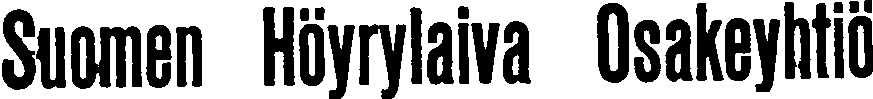
Suomen Höyrylaiwa Osakeyhtiö